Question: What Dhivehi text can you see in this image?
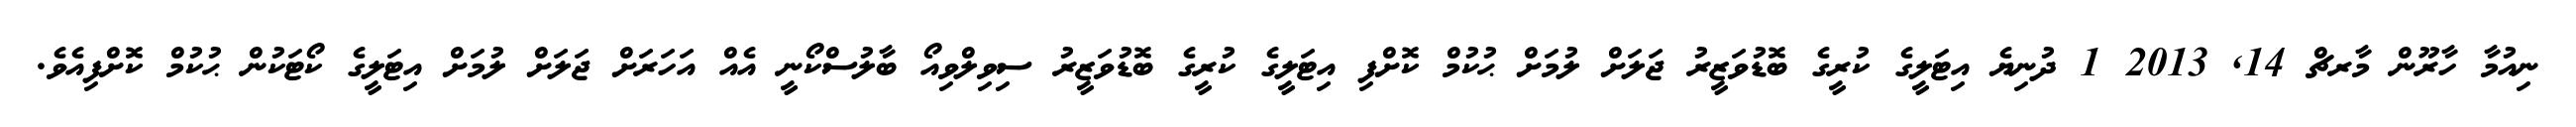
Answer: ނިއުމާ ހާރޫން މާރޗް 14, 2013 1 ދުނިޔެ އިޓަލީގެ ކުރީގެ ބޮޑުވަޒީރު ޖަލަށް ލުމަށް ޙުކުމް ކޮށްފި އިޓަލީގެ ކުރީގެ ބޮޑުވަޒީރު ސިވިލްވިއޯ ބާލުސްކޯނީ އެއް އަހަރަށް ޖަލަށް ލުމަށް އިޓަލީގެ ކޯޓަކުން ޙުކުމް ކޮށްފިއެވެ.